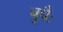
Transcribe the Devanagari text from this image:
बुधैः